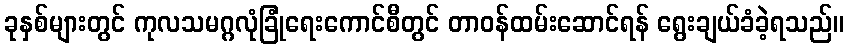
ခုနှစ်များတွင် ကုလသမဂ္ဂလုံခြုံရေးကောင်စီတွင် တာဝန်ထမ်းဆောင်ရန် ရွေးချယ်ခံခဲ့ရသည်။